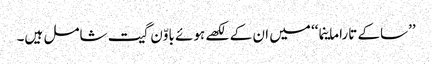
’’ساکے تاراماینما‘‘ میں ان کے لکھے ہوئے باوّن گیت شامل ہیں۔